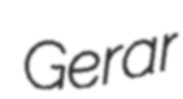
Gerar